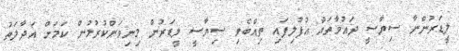
ލީޑަރުންނާ ސިޔާސީ ދައުވާތައް އުފުލިފައި ތިއްބެވި ސިޔާސީ ލީޑަރުން މިނިވަންކުރުމުން ކަމަށް އަދާލަތު